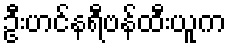
ဦးဟင်နရီဗန်ထီးယူက